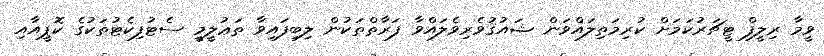
ވީމާ ރިލީފް ޓީޗަރުކަމަށް ކުރިމަތިލައްވަން ޝައުޤުވެރިވެލައްވާ ފަރާތްތަކުން ލިބިފައިވާ ތަޢުލީމީ ސެޓުފިކެޓުތަކުގެ ކޮޕީއާއި